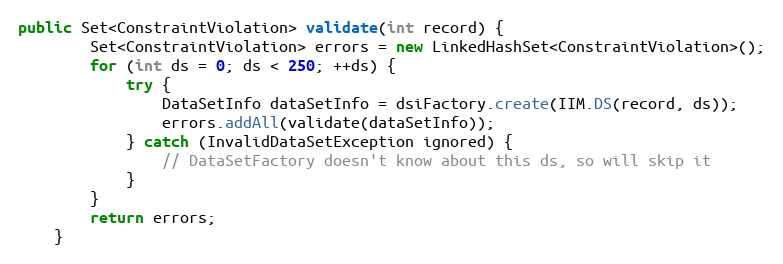
Language: Java
public Set<ConstraintViolation> validate(int record) {
		Set<ConstraintViolation> errors = new LinkedHashSet<ConstraintViolation>();
		for (int ds = 0; ds < 250; ++ds) {
			try {
				DataSetInfo dataSetInfo = dsiFactory.create(IIM.DS(record, ds));
				errors.addAll(validate(dataSetInfo));
			} catch (InvalidDataSetException ignored) {
				// DataSetFactory doesn't know about this ds, so will skip it
			}
		}
		return errors;
	}